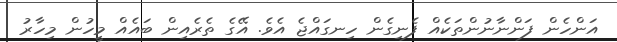
އަންހެން ފަންނާނުންތަކެއް ފެނިގެން ހިނގައްޖެ އެވެ. އޭގެ ތެރެއިން ބައެއް މީހުން މިހާރު